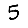
Digit: 5